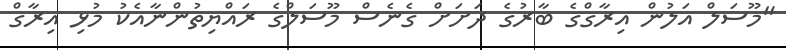
"މޫސަލް އަލުން އިރާގްގެ ބާރުގެ ދަށަށް ގެނެސް މޫސަލްގެ ރައްޔިތުންނާއެކު މުޅި އިރާގް